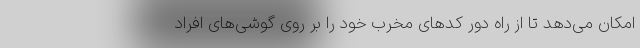
امکان می‌دهد تا از راه دور کدهای مخرب خود را بر روی گوشی‌های افراد